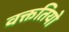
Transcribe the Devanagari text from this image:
वक्ततियो